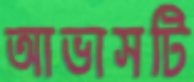
আভাসটি